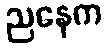
ညနေက